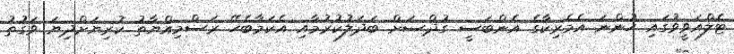
ޓެލްއަވީވުގައި ހުންނަ އެމެރިކާގެ އެންބަސީ ގުދްސަށް ބަދަލުކުރުމާއި އެކަމާބެހޭ ރަސްމިއްޔާތު ކުރިޔަށްދިޔަ ވަގުތު